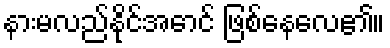
နားမလည်နိုင်အောင် ဖြစ်နေလေ၏။